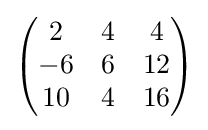
{\begin{pmatrix}2&4&4\\-6&6&12\\10&4&16\end{pmatrix}}